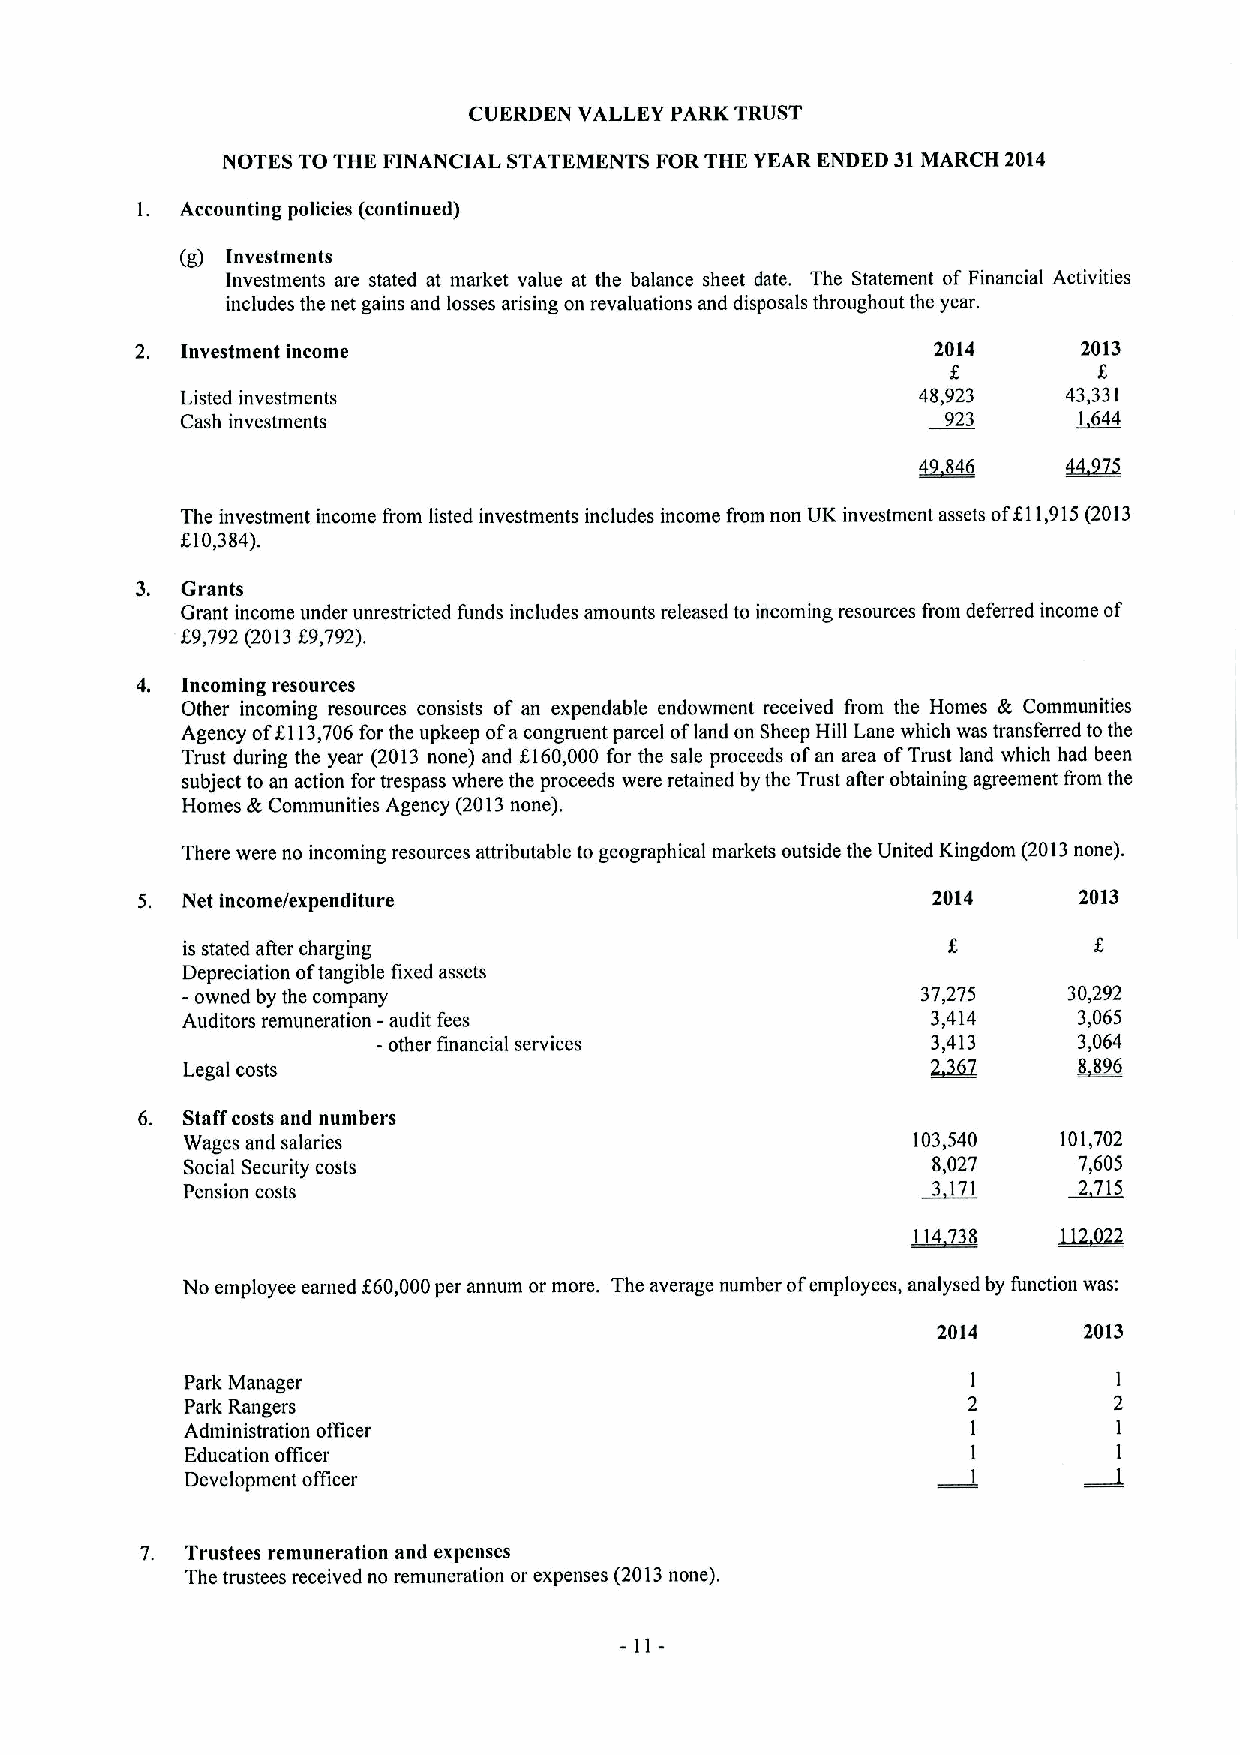
CUERDEN VALLEY PARK TRUST
 NOTES TO THE FINANCIAL STATEMENTS FOR THE YEAR ENDED 31MARCH 2014
 l. Accounting policies (continued)
 (g) Investments
 Investments are stated at market value at the balance sheet date. The Statement of Financial Activities
 includes the net gains and losses arising on revaluations and disposals throughout the year.
 2. Investment income                                 2014      2013
 8         8
 Listed investments                               48,923    43,331
 Cash investments                                   923     1 644
 f
 The investment income from listed investments includes income from non UK investment assets of I1,915(2013
 810,384),
 3. Grants
 Grant income under unrestricted funds includes amounts released to incoming resources from deferred income of
 g9,792(201389,792).
 4. Incoming resources
 Other incoming resources consists of an expendable endowment received from the Homes & Communities
 Agency of8113,706for the upkeep ofacongruent parcel ofland on Sheep Hill Lane which was transferred to the
 Trust during the year (2013 none) and 8160,000 for the sale proceeds ofan area ofTrust land which had been
 subject to an action for trespass where the proceeds were retained by the Trust atter obtaining agreement from the
 Homes &Communities Agency (2013none).
 There were no incoming resources attributable to geographical markets outside the United Kingdom (2013none).
 5. Net income/expenditure                            2014     2013
 is stated after charging
 Depreciation oftangible fixed assets
 - owned by the company                           37,275    30,292
 Auditors remuneration -audit fees                 3,414    3,065
 -other financial services            3 2,4 ~13 3,064
 Legal costs
 6. Staff costs and numbers
 Wages and salaries                              103,540   101,702
 Social Security costs                             8,027    7,605
 Pension costs                                     3 171    2 715
 ~114 38   11202
 No employee earned f60,000per annum or more. The average number ofemployees, analysed by function was:
 2014      2013
 Park Manager                                        1         1
 Park Rangers                                        2         2
 Administration officer                              1         1
 Education officer                                   1         1
 Development officer                                 1         1
 7. Trustees remuneration and expenses
 The trustees received no remuneration or expenses (2013none).
 -11-